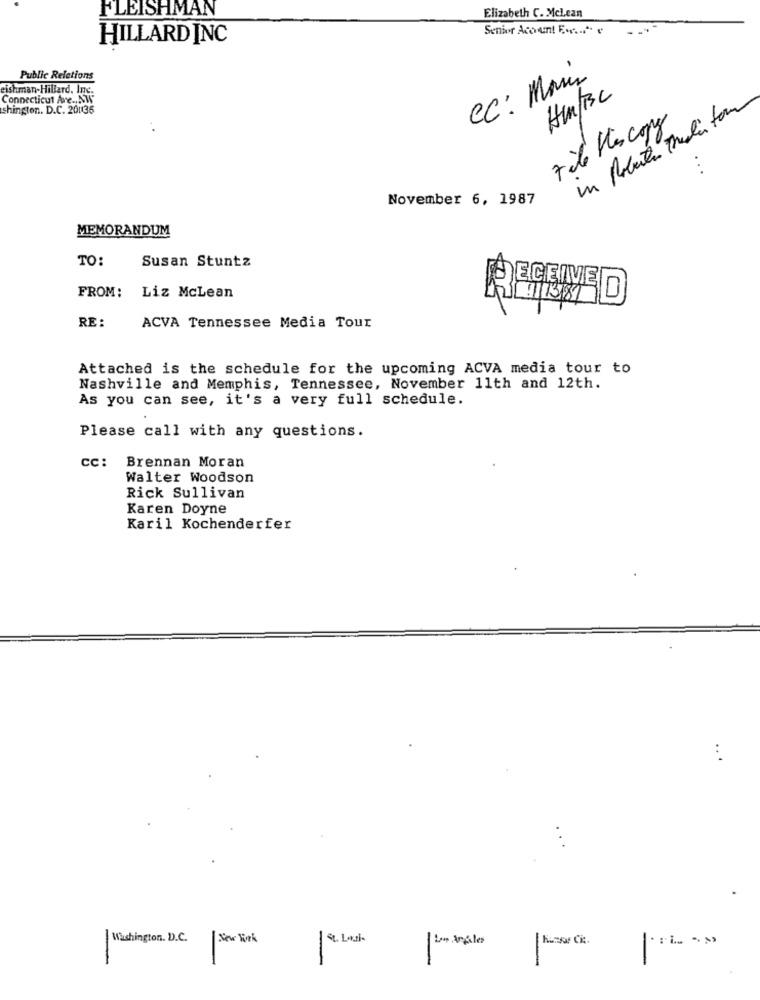
FLEISHMAN
Elizabeth C. McLean
Senior Aco um! E.v ....
HILLARD INC
Public Relations
Cc: Mais
eishman-Hillard. Inc.
Connecticut Are ., NW
shington. D.C. 201136
7 de Mes copy
November 6, 1987
MEMORANDUM
TO:
Susan Stuntz
FROM: Liz McLean
RECEIVE
RE :
ACVA Tennessee Media Tour
Attached is the schedule for the upcoming ACVA media tour to
Nashville and Memphis, Tennessee, November 11th and 12th.
As you can see, it's a very full schedule.
Please call with any questions.
cc: Brennan Moran
Walter Woodson
Rick Sullivan
Karen Doyne
Karil Kochenderfer
...
Wishington. D.C.
-